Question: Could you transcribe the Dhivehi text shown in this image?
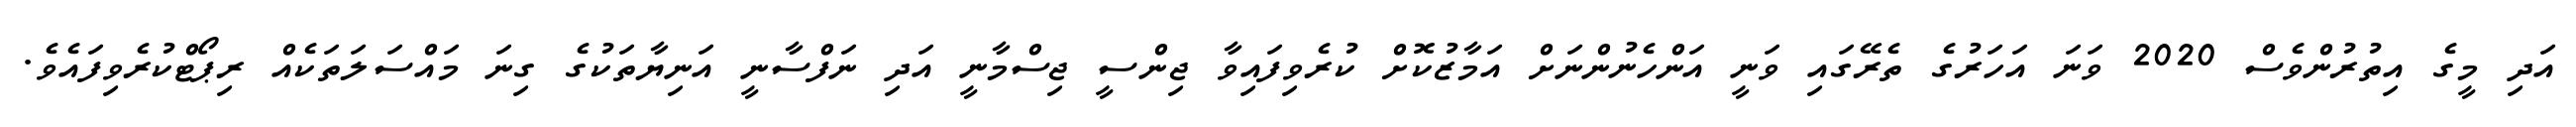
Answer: އަދި މީގެ އިތުރުންވެސް 2020 ވަނަ އަހަރުގެ ތެރޭގައި ވަނީ އަންހެނުންނަށް އަމާޒުކޮށް ކުރެވިފައިވާ ޖިންސީ ޖިސްމާނީ އަދި ނަފްސާނީ އަނިޔާތަކުގެ ގިނަ މައްސަލަތަކެއް ރިޕޯޓްކުރެވިފައެވެ.